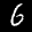
Label: 6